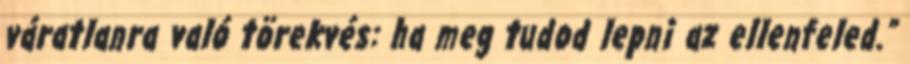
váratlanra való törekvés: ha meg tudod lepni az ellenfeled.”